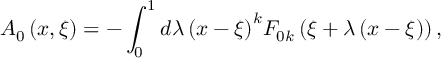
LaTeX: { \cal A } _ { 0 } \left( { x , \xi } \right) = - \int _ { 0 } ^ { 1 } { d \lambda \left( { x - \xi } \right) } ^ { k } F _ { 0 k } \left( { \xi + \lambda \left( { x - \xi } \right) } \right) ,